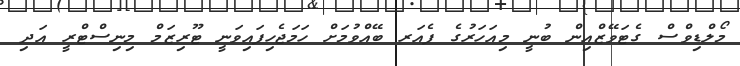
މޯލްޑިވްސް ގެޓަވޭޒްއިން ބުނީ މިއަހަރުގެ ފެއަރ ބޭއްވުމަށް ހަމަޖެހިފައިވަނީ ޓޫރިޒަމް މިނިސްޓްރީ އަދި